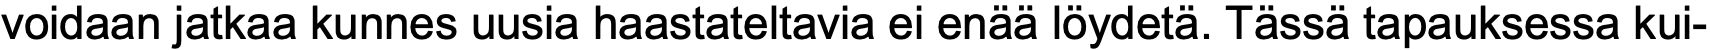
voidaan jatkaa kunnes uusia haastateltavia ei enää löydetä. Tässä tapauksessa kui-